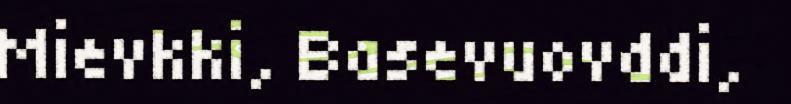
Mievkki, Basevuovddi,